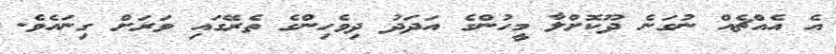
އެ އެއްޗެއް ނުގަނެ ދޫކޮށްލާ މީހުންގެ އަދަދު ދިވެހިންގެ ތެރޭގައި ވަރަށް ގިނައެވެ.